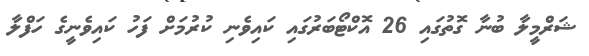
ޝަރްމީލާ ބުނާ ގޮތުގައި 26 އޮކްޓޯބަރުގައި ކައިވެނި ކުރުމަށް ފަހު ކައިވެނީގެ ހަފްލާ